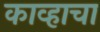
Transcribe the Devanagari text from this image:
काव्हाचा